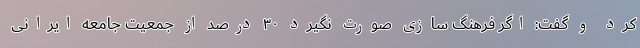
کرد و گفت: اگر فرهنگ سازی صورت نگیرد ۳۰ درصد از جمعیت جامعه ایرانی